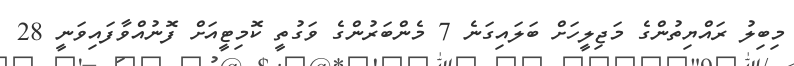
މިބިލު ރައްޔިތުންގެ މަޖިލީހަށް ބަލައިގަނެ 7 މެންބަރުންގެ ވަގުތީ ކޮމިޓީއަށް ފޮނުއްވާފައިވަނީ 28